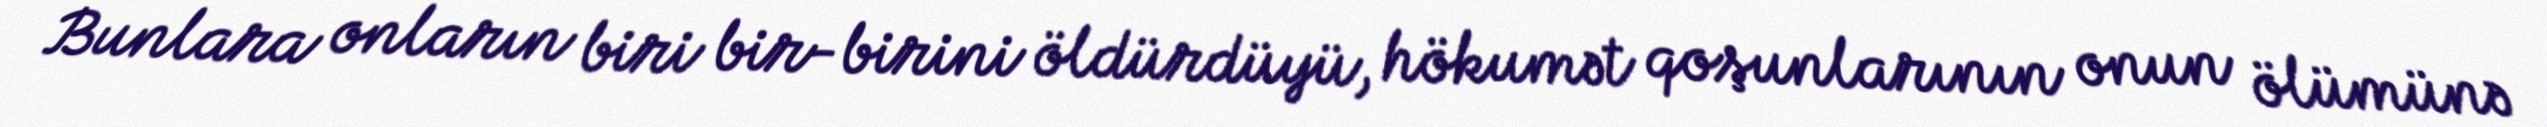
Bunlara onların biri bir-birini öldürdüyü, hökumət qoşunlarının onun ölümünə